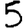
Digit: 5